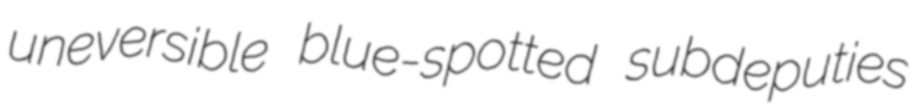
uneversible blue-spotted subdeputies